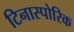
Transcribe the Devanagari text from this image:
टिनास्पोरिक